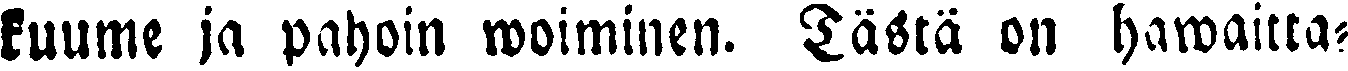
kuume ja pahoin woiminen. Tästä on hawaitta-